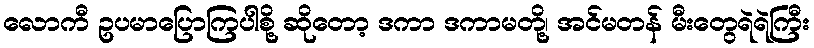
လောကီ ဥပမာပြောကြပါစို့ ဆိုတော့ ဒကာ ဒကာမတို့၊ အင်မတန် မီးတွေရဲရဲကြီး